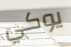
يوكي